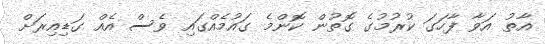
އާތު އަވާ ފާހަގަ ކުރުމުގެ ގޮތުން ކޮންމެ ގައުމެއްގައި ވެސް އެއް ގަޑިއިރަށް